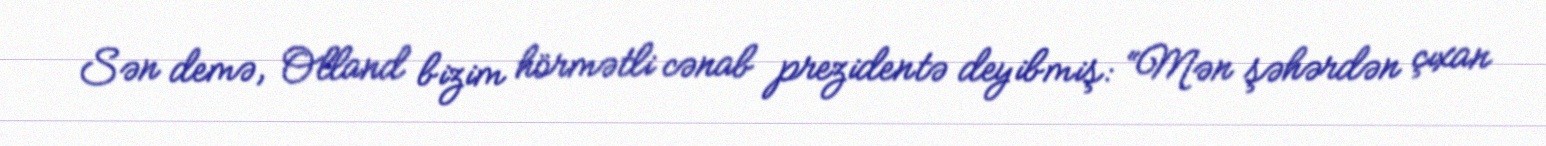
Sən demə, Olland bizim hörmətli cənab prezidentə deyibmiş: “Mən şəhərdən çıxan